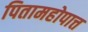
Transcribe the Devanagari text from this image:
पितामहोपात्त